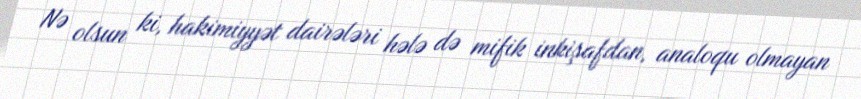
Nə olsun ki, hakimiyyət dairələri hələ də mifik inkişafdan, analoqu olmayan